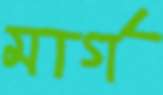
মার্গ